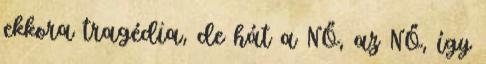
ekkora tragédia, de hát a NŐ, az NŐ, így